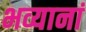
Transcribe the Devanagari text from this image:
भव्यानां